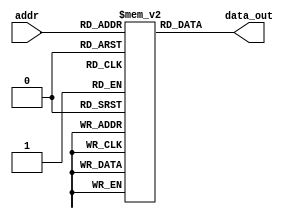
`timescale 1ns / 1ps
//////////////////////////////////////////////////////////////////////////////////
// Company: 
// Engineer: 
// 
// Design Name: 
// Module Name: inst_mem
// Project Name: 
// Target Devices: 
// Tool Versions: 
// Description: 
// 
// Dependencies: 
// 
// Revision:
// Revision 0.01 - File Created
// Additional Comments:
// 
//////////////////////////////////////////////////////////////////////////////////


module InstMem (input [6:0] addr, output [31:0] data_out);
 reg [31:0] mem [0:127];
 assign data_out = mem[addr];
 initial begin
 /*mem[3:0] = 32'h004e80b7;
 mem[1] = 32'h00000033;
 mem[2] = 32'h00000033;
 mem[3] = 32'h00000033;
 mem[4] = 32'h0300e093;
 mem[5] = 32'h00000033;
 mem[6] = 32'h00000033;
 mem[7] = 32'h00000033;
 mem[8] = 32'h01efe117;
 mem[9] = 32'h00000033;
 mem[10] = 32'h00000033;
 mem[11] = 32'h00000033;
 mem[12] = 32'h00000183;
 mem[13] = 32'h00000033;
 mem[14] = 32'h00000033;
 mem[15] = 32'h00000033;
 mem[16] = 32'h00001203;
 mem[17] = 32'h00000033;
 mem[18] = 32'h00000033;
 mem[19] = 32'h00000033;
 mem[20] = 32'h00002283;
 mem[21] = 32'h00000033;
 mem[22] = 32'h00000033;
 mem[23] = 32'h00000033;
 mem[24] = 32'h00500223;
 mem[25] = 32'h00000033;
 mem[26] = 32'h00000033;
 mem[27] = 32'h00000033;
 mem[28] = 32'h00501423;
 mem[29] = 32'h00000033;
 mem[30] = 32'h00000033;
 mem[31] = 32'h00000033;
 mem[32] = 32'h00502623;
 mem[33] = 32'h00000033;
 mem[34] = 32'h00000033;
 mem[35] = 32'h00000033;
 mem[36] = 32'h00008133;
 mem[37] = 32'h00000033;
 mem[38] = 32'h00000033;
 mem[39] = 32'h00000033;
 mem[40] = 32'h40110133;
 mem[41] = 32'h00000033;
 mem[42] = 32'h00000033;
 mem[43] = 32'h00000033;
 mem[44] = 32'h00329333;
 mem[45] = 32'h00000033;
 mem[46] = 32'h00000033;
 mem[47] = 32'h00000033;
 mem[48] = 32'h0032d3b3;
 mem[49] = 32'h00000033;
 mem[50] = 32'h00000033;
 mem[51] = 32'h00000033;
 mem[52] = 32'hf3800393;
 mem[53] = 32'h00000033;
 mem[54] = 32'h00000033;
 mem[55] = 32'h00000033;
 mem[56] = 32'h4033d3b3;
 mem[57] = 32'h00000033;
 mem[58] = 32'h00000033;
 mem[59] = 32'h00000033;
 mem[60] = 32'h00712433;
 mem[61] = 32'h00000033;
 mem[62] = 32'h00000033;
 mem[63] = 32'h00000033;
 mem[64] = 32'h007334b3;
 mem[65] = 32'h00000033;
 mem[66] = 32'h00000033;
 mem[67] = 32'h00000033;
 mem[68] = 32'h006344b3;
 mem[69] = 32'h00000033;
 mem[70] = 32'h00000033;
 mem[71] = 32'h00000033;
 mem[72] = 32'hfff00313;
 mem[73] = 32'h00000033;
 mem[74] = 32'h00000033;
 mem[75] = 32'h00000033;
 mem[76] = 32'h0060e4b3;
 mem[77] = 32'h00000033;
 mem[78] = 32'h00000033;
 mem[79] = 32'h00000033;
 mem[80] = 32'h0000f0b3;
 mem[81] = 32'h00000033;
 mem[82] = 32'h00000033;
 mem[83] = 32'h00000033;*/
/*
   mem[0] = 32'h004e80b7;
   mem[1]=32'b0000000_00000_00000_000_00000_0110011 ; //add x0, x0, x0
   mem[2]=32'b0000000_00000_00000_000_00000_0110011 ; //add x0, x0, x0
   mem[3]=32'b0000000_00000_00000_000_00000_0110011 ; //add x0, x0, x0
   mem[4] = 32'h00000033;
   mem[5]=32'b0000000_00000_00000_000_00000_0110011 ; //add x0, x0, x0
   mem[6]=32'b0000000_00000_00000_000_00000_0110011 ; //add x0, x0, x0
   mem[7]=32'b0000000_00000_00000_000_00000_0110011 ; //add x0, x0, x0
   mem[8] = 32'h00000033;
   mem[9]=32'b0000000_00000_00000_000_00000_0110011 ; //add x0, x0, x0
   mem[10]=32'b0000000_00000_00000_000_00000_0110011 ; //add x0, x0, x0
   mem[11]=32'b0000000_00000_00000_000_00000_0110011 ; //add x0, x0, x0
   mem[12] = 32'h00000033;
   mem[13]=32'b0000000_00000_00000_000_00000_0110011 ; //add x0, x0, x0
   mem[14]=32'b0000000_00000_00000_000_00000_0110011 ; //add x0, x0, x0
   mem[15]=32'b0000000_00000_00000_000_00000_0110011 ; //add x0, x0, x0
   mem[16] = 32'h0300e093;
   mem[17]=32'b0000000_00000_00000_000_00000_0110011 ; //add x0, x0, x0
   mem[18]=32'b0000000_00000_00000_000_00000_0110011 ; //add x0, x0, x0
   mem[19]=32'b0000000_00000_00000_000_00000_0110011 ; //add x0, x0, x0
   mem[20] = 32'h00000033;
   mem[21]=32'b0000000_00000_00000_000_00000_0110011 ; //add x0, x0, x0
   mem[22]=32'b0000000_00000_00000_000_00000_0110011 ; //add x0, x0, x0
   mem[23]=32'b0000000_00000_00000_000_00000_0110011 ; //add x0, x0, x0
   mem[24] = 32'h00000033;
   mem[25]=32'b0000000_00000_00000_000_00000_0110011 ; //add x0, x0, x0
   mem[26]=32'b0000000_00000_00000_000_00000_0110011 ; //add x0, x0, x0
   mem[27]=32'b0000000_00000_00000_000_00000_0110011 ; //add x0, x0, x0
   mem[28] = 32'h00000033;
   mem[29]=32'b0000000_00000_00000_000_00000_0110011 ; //add x0, x0, x0
   mem[30]=32'b0000000_00000_00000_000_00000_0110011 ; //add x0, x0, x0
   mem[31]=32'b0000000_00000_00000_000_00000_0110011 ; //add x0, x0, x0
   mem[32] = 32'h01efe117;
   mem[33]=32'b0000000_00000_00000_000_00000_0110011 ; //add x0, x0, x0
   mem[34]=32'b0000000_00000_00000_000_00000_0110011 ; //add x0, x0, x0
   mem[35]=32'b0000000_00000_00000_000_00000_0110011 ; //add x0, x0, x0
   mem[36] = 32'h00000033;
   mem[37]=32'b0000000_00000_00000_000_00000_0110011 ; //add x0, x0, x0
   mem[38]=32'b0000000_00000_00000_000_00000_0110011 ; //add x0, x0, x0
   mem[39]=32'b0000000_00000_00000_000_00000_0110011 ; //add x0, x0, x0
   mem[40] = 32'h00000033;
   mem[41]=32'b0000000_00000_00000_000_00000_0110011 ; //add x0, x0, x0
   mem[42]=32'b0000000_00000_00000_000_00000_0110011 ; //add x0, x0, x0
   mem[43]=32'b0000000_00000_00000_000_00000_0110011 ; //add x0, x0, x0
   mem[44] = 32'h00000033;
   mem[45] =32'b0000000_00000_00000_000_00000_0110011 ; //add x0, x0, x0
   mem[46] = 32'b0000000_00000_00000_000_00000_0110011 ; //add x0, x0, x0
   mem[47]=32'b0000000_00000_00000_000_00000_0110011 ; //add x0, x0, x0
   mem[48] = 32'h00000183;
   mem[49]=32'b0000000_00000_00000_000_00000_0110011 ; //add x0, x0, x0
   mem[50]=32'b0000000_00000_00000_000_00000_0110011 ; //add x0, x0, x0
   mem[51]=32'b0000000_00000_00000_000_00000_0110011 ; //add x0, x0, x0
   mem[52] = 32'h00000033;
   mem[53]=32'b0000000_00000_00000_000_00000_0110011 ; //add x0, x0, x0
   mem[54]=32'b0000000_00000_00000_000_00000_0110011 ; //add x0, x0, x0
   mem[55]=32'b0000000_00000_00000_000_00000_0110011 ; //add x0, x0, x0
   mem[56] = 32'h00000033;
   mem[57]=32'b0000000_00000_00000_000_00000_0110011 ; //add x0, x0, x0
   mem[58]=32'b0000000_00000_00000_000_00000_0110011 ; //add x0, x0, x0
   mem[59]=32'b0000000_00000_00000_000_00000_0110011 ; //add x0, x0, x0
   mem[60] = 32'h00000033;
   mem[61]=32'b0000000_00000_00000_000_00000_0110011 ; //add x0, x0, x0
   mem[62]=32'b0000000_00000_00000_000_00000_0110011 ; //add x0, x0, x0
   mem[63]=32'b0000000_00000_00000_000_00000_0110011 ; //add x0, x0, x0
   mem[64] = 32'h00001203;
   mem[65]=32'b0000000_00000_00000_000_00000_0110011 ; //add x0, x0, x0
   mem[66]=32'b0000000_00000_00000_000_00000_0110011 ; //add x0, x0, x0
   mem[67]=32'b0000000_00000_00000_000_00000_0110011 ; //add x0, x0, x0
   mem[68] = 32'h00000033;
   mem[69]=32'b0000000_00000_00000_000_00000_0110011 ; //add x0, x0, x0
   mem[70]=32'b0000000_00000_00000_000_00000_0110011 ; //add x0, x0, x0
   mem[71]=32'b0000000_00000_00000_000_00000_0110011 ; //add x0, x0, x0
   mem[72] = 32'h00000033;
   mem[73]=32'b0000000_00000_00000_000_00000_0110011 ; //add x0, x0, x0
   mem[74]=32'b0000000_00000_00000_000_00000_0110011 ; //add x0, x0, x0
   mem[75]=32'b0000000_00000_00000_000_00000_0110011 ; //add x0, x0, x0
   mem[76] = 32'h00000033;
   mem[77]=32'b0000000_00000_00000_000_00000_0110011 ; //add x0, x0, x0
   mem[78]=32'b0000000_00000_00000_000_00000_0110011 ; //add x0, x0, x0
   mem[79]=32'b0000000_00000_00000_000_00000_0110011 ; //add x0, x0, x0
   mem[80] = 32'h00002283;
   mem[81]=32'b0000000_00000_00000_000_00000_0110011 ; //add x0, x0, x0
   mem[82]=32'b0000000_00000_00000_000_00000_0110011 ; //add x0, x0, x0
   mem[83]=32'b0000000_00000_00000_000_00000_0110011 ; //add x0, x0, x0
   mem[84] = 32'h00000033;
   mem[85]=32'b0000000_00000_00000_000_00000_0110011 ; //add x0, x0, x0
   mem[86]=32'b0000000_00000_00000_000_00000_0110011 ; //add x0, x0, x0
   mem[87]=32'b0000000_00000_00000_000_00000_0110011 ; //add x0, x0, x0
   mem[88] = 32'h00000033;
   mem[89]=32'b0000000_00000_00000_000_00000_0110011 ; //add x0, x0, x0
   mem[90]=32'b0000000_00000_00000_000_00000_0110011 ; //add x0, x0, x0
   mem[91]=32'b0000000_00000_00000_000_00000_0110011 ; //add x0, x0, x0
   mem[92] = 32'h00000033;
   mem[93]=32'b0000000_00000_00000_000_00000_0110011 ; //add x0, x0, x0
   mem[94]=32'b0000000_00000_00000_000_00000_0110011 ; //add x0, x0, x0
   mem[95]=32'b0000000_00000_00000_000_00000_0110011 ; //add x0, x0, x0
   mem[96] = 32'h00500223;
   mem[97]=32'b0000000_00000_00000_000_00000_0110011 ; //add x0, x0, x0
   mem[98]=32'b0000000_00000_00000_000_00000_0110011 ; //add x0, x0, x0
   mem[99]=32'b0000000_00000_00000_000_00000_0110011 ; //add x0, x0, x0
   mem[100] = 32'h00000033;
   mem[101]=32'b0000000_00000_00000_000_00000_0110011 ; //add x0, x0, x0
   mem[102]=32'b0000000_00000_00000_000_00000_0110011 ; //add x0, x0, x0
   mem[103]=32'b0000000_00000_00000_000_00000_0110011 ; //add x0, x0, x0
   mem[104] = 32'h00000033;
   mem[105]=32'b0000000_00000_00000_000_00000_0110011 ; //add x0, x0, x0
   mem[106]=32'b0000000_00000_00000_000_00000_0110011 ; //add x0, x0, x0
   mem[107]=32'b0000000_00000_00000_000_00000_0110011 ; //add x0, x0, x0
   mem[108] = 32'h00000033;
   mem[109]=32'b0000000_00000_00000_000_00000_0110011 ; //add x0, x0, x0
   mem[110]=32'b0000000_00000_00000_000_00000_0110011 ; //add x0, x0, x0
   mem[111]=32'b0000000_00000_00000_000_00000_0110011 ; //add x0, x0, x0
   mem[112] = 32'h00501423;
   mem[113]=32'b0000000_00000_00000_000_00000_0110011 ; //add x0, x0, x0
   mem[114]=32'b0000000_00000_00000_000_00000_0110011 ; //add x0, x0, x0
   mem[115]=32'b0000000_00000_00000_000_00000_0110011 ; //add x0, x0, x0
   mem[116] = 32'h00000033;
   mem[117]=32'b0000000_00000_00000_000_00000_0110011 ; //add x0, x0, x0
   mem[118]=32'b0000000_00000_00000_000_00000_0110011 ; //add x0, x0, x0
   mem[119]=32'b0000000_00000_00000_000_00000_0110011 ; //add x0, x0, x0
   mem[120]=32'b0000000_00000_00000_000_00000_0110011 ; //add x0, x0, x0
   mem[121] = 32'h00000033;
   mem[122]=32'b0000000_00000_00000_000_00000_0110011 ; //add x0, x0, x0
   mem[123]=32'b0000000_00000_00000_000_00000_0110011 ; //add x0, x0, x0
   mem[124]=32'b0000000_00000_00000_000_00000_0110011 ; //add x0, x0, x0
   mem[125] = 32'h00000033;
   mem[126]=32'b0000000_00000_00000_000_00000_0110011 ; //add x0, x0, x0
   mem[127]=32'b0000000_00000_00000_000_00000_0110011 ; //add x0, x0, x0
   mem[128]=32'b0000000_00000_00000_000_00000_0110011 ; //add x0, x0, x0
   mem[129] = 32'h00502623;
   mem[130]=32'b0000000_00000_00000_000_00000_0110011 ; //add x0, x0, x0
   mem[131]=32'b0000000_00000_00000_000_00000_0110011 ; //add x0, x0, x0
   mem[132]=32'b0000000_00000_00000_000_00000_0110011 ; //add x0, x0, x0
   mem[133] = 32'h00000033;
   mem[134]=32'b0000000_00000_00000_000_00000_0110011 ; //add x0, x0, x0
   mem[135]=32'b0000000_00000_00000_000_00000_0110011 ; //add x0, x0, x0
   mem[136]=32'b0000000_00000_00000_000_00000_0110011 ; //add x0, x0, x0
   mem[137] = 32'h00000033;
   mem[138]=32'b0000000_00000_00000_000_00000_0110011 ; //add x0, x0, x0
   mem[139]=32'b0000000_00000_00000_000_00000_0110011 ; //add x0, x0, x0
   mem[140]=32'b0000000_00000_00000_000_00000_0110011 ; //add x0, x0, x0
   mem[141]=32'b0000000_00000_00000_000_00000_0110011 ; //add x0, x0, x0
   mem[142] = 32'h00000033;
   mem[143]=32'b0000000_00000_00000_000_00000_0110011 ; //add x0, x0, x0
   mem[144]=32'b0000000_00000_00000_000_00000_0110011 ; //add x0, x0, x0
   mem[145]=32'b0000000_00000_00000_000_00000_0110011 ; //add x0, x0, x0
   mem[146] = 32'h00008133;
   mem[147]=32'b0000000_00000_00000_000_00000_0110011 ; //add x0, x0, x0
   mem[148]=32'b0000000_00000_00000_000_00000_0110011 ; //add x0, x0, x0
   mem[149]=32'b0000000_00000_00000_000_00000_0110011 ; //add x0, x0, x0
   mem[150] = 32'h00000033;
   mem[151]=32'b0000000_00000_00000_000_00000_0110011 ; //add x0, x0, x0
   mem[152]=32'b0000000_00000_00000_000_00000_0110011 ; //add x0, x0, x0
   mem[153]=32'b0000000_00000_00000_000_00000_0110011 ; //add x0, x0, x0
   mem[154] = 32'h00000033;
   mem[155]=32'b0000000_00000_00000_000_00000_0110011 ; //add x0, x0, x0
   mem[156]=32'b0000000_00000_00000_000_00000_0110011 ; //add x0, x0, x0
   mem[157]=32'b0000000_00000_00000_000_00000_0110011 ; //add x0, x0, x0
   mem[158] = 32'h00000033;
   mem[159]=32'b0000000_00000_00000_000_00000_0110011 ; //add x0, x0, x0
   mem[160]=32'b0000000_00000_00000_000_00000_0110011 ; //add x0, x0, x0
   mem[161]=32'b0000000_00000_00000_000_00000_0110011 ; //add x0, x0, x0
   mem[162] = 32'h40110133;
   mem[163]=32'b0000000_00000_00000_000_00000_0110011 ; //add x0, x0, x0
   mem[164]=32'b0000000_00000_00000_000_00000_0110011 ; //add x0, x0, x0
   mem[165]=32'b0000000_00000_00000_000_00000_0110011 ; //add x0, x0, x0
   mem[166]=32'b0000000_00000_00000_000_00000_0110011 ; //add x0, x0, x0
   mem[167] = 32'h00000033;
   mem[168]=32'b0000000_00000_00000_000_00000_0110011 ; //add x0, x0, x0
   mem[169]=32'b0000000_00000_00000_000_00000_0110011 ; //add x0, x0, x0
   mem[170]=32'b0000000_00000_00000_000_00000_0110011 ; //add x0, x0, x0
   mem[171] = 32'h00000033;
   mem[172]=32'b0000000_00000_00000_000_00000_0110011 ; //add x0, x0, x0
   mem[173]=32'b0000000_00000_00000_000_00000_0110011 ; //add x0, x0, x0
   mem[174]=32'b0000000_00000_00000_000_00000_0110011 ; //add x0, x0, x0
   mem[175] = 32'h00000033;
   mem[176]=32'b0000000_00000_00000_000_00000_0110011 ; //add x0, x0, x0
   mem[177]=32'b0000000_00000_00000_000_00000_0110011 ; //add x0, x0, x0
   mem[178]=32'b0000000_00000_00000_000_00000_0110011 ; //add x0, x0, x0
   mem[179] = 32'h00329333;
   mem[180]=32'b0000000_00000_00000_000_00000_0110011 ; //add x0, x0, x0
   mem[181]=32'b0000000_00000_00000_000_00000_0110011 ; //add x0, x0, x0
   mem[182]=32'b0000000_00000_00000_000_00000_0110011 ; //add x0, x0, x0
   mem[183] = 32'h00000033;
   mem[184]=32'b0000000_00000_00000_000_00000_0110011 ; //add x0, x0, x0
   mem[185]=32'b0000000_00000_00000_000_00000_0110011 ; //add x0, x0, x0
   mem[186]=32'b0000000_00000_00000_000_00000_0110011 ; //add x0, x0, x0
   mem[187] = 32'h00000033;
   mem[188]=32'b0000000_00000_00000_000_00000_0110011 ; //add x0, x0, x0
   mem[189]=32'b0000000_00000_00000_000_00000_0110011 ; //add x0, x0, x0
   mem[190]=32'b0000000_00000_00000_000_00000_0110011 ; //add x0, x0, x0
   mem[191]=32'b0000000_00000_00000_000_00000_0110011 ; //add x0, x0, x0
   mem[192] = 32'h00000033;
   mem[193]=32'b0000000_00000_00000_000_00000_0110011 ; //add x0, x0, x0
   mem[194]=32'b0000000_00000_00000_000_00000_0110011 ; //add x0, x0, x0  //mem[195]=32'b0000000_00000_00000_000_00000_0110011 ; //add x0, x0, x0
   mem[195] = 32'h0032d3b3;
   mem[196]=32'b0000000_00000_00000_000_00000_0110011 ; //add x0, x0, x0
   mem[197]=32'b0000000_00000_00000_000_00000_0110011 ; //add x0, x0, x0  //mem[199]=32'b0000000_00000_00000_000_00000_0110011 ; //add x0, x0, x0
   mem[198] = 32'h00000033;
   mem[199]=32'b0000000_00000_00000_000_00000_0110011 ; //add x0, x0, x0
   mem[200]=32'b0000000_00000_00000_000_00000_0110011 ; //add x0, x0, x0
   mem[201]=32'b0000000_00000_00000_000_00000_0110011 ; //add x0, x0, x0
   mem[202] = 32'h00000033;
   mem[203]=32'b0000000_00000_00000_000_00000_0110011 ; //add x0, x0, x0
   mem[204]=32'b0000000_00000_00000_000_00000_0110011 ; //add x0, x0, x0
   mem[205]=32'b0000000_00000_00000_000_00000_0110011 ; //add x0, x0, x0
   mem[206] = 32'h00000033;
   mem[207]=32'b0000000_00000_00000_000_00000_0110011 ; //add x0, x0, x0
   mem[208]=32'b0000000_00000_00000_000_00000_0110011 ; //add x0, x0, x0
   mem[209]=32'b0000000_00000_00000_000_00000_0110011 ; //add x0, x0, x0
   mem[210] = 32'hf3800393;
   mem[211]=32'b0000000_00000_00000_000_00000_0110011 ; //add x0, x0, x0
   mem[212]=32'b0000000_00000_00000_000_00000_0110011 ; //add x0, x0, x0
   mem[213]=32'b0000000_00000_00000_000_00000_0110011 ; //add x0, x0, x0
   mem[214] = 32'h00000033;
   mem[215]=32'b0000000_00000_00000_000_00000_0110011 ; //add x0, x0, x0
   mem[216]=32'b0000000_00000_00000_000_00000_0110011 ; //add x0, x0, x0
   mem[217]=32'b0000000_00000_00000_000_00000_0110011 ; //add x0, x0, x0
   mem[218] = 32'h00000033;
   mem[219]=32'b0000000_00000_00000_000_00000_0110011 ; //add x0, x0, x0
   mem[220]=32'b0000000_00000_00000_000_00000_0110011 ; //add x0, x0, x0
   mem[221]=32'b0000000_00000_00000_000_00000_0110011 ; //add x0, x0, x0
   mem[222] = 32'h00000033;
   mem[223]=32'b0000000_00000_00000_000_00000_0110011 ; //add x0, x0, x0
   mem[224]=32'b0000000_00000_00000_000_00000_0110011 ; //add x0, x0, x0
   mem[225]=32'b0000000_00000_00000_000_00000_0110011 ; //add x0, x0, x0
   mem[226] = 32'h4033d3b3;
   mem[227]=32'b0000000_00000_00000_000_00000_0110011 ; //add x0, x0, x0
   mem[228]=32'b0000000_00000_00000_000_00000_0110011 ; //add x0, x0, x0
   mem[229]=32'b0000000_00000_00000_000_00000_0110011 ; //add x0, x0, x0
   mem[230] = 32'h00000033;
   mem[2]=32'b0000000_00000_00000_000_00000_0110011 ; //add x0, x0, x0
   mem[230]=32'b0000000_00000_00000_000_00000_0110011 ; //add x0, x0, x0
   mem[231]=32'b0000000_00000_00000_000_00000_0110011 ; //add x0, x0, x0
   mem[232] = 32'h00000033;
   mem[233]=32'b0000000_00000_00000_000_00000_0110011 ; //add x0, x0, x0
   mem[234]=32'b0000000_00000_00000_000_00000_0110011 ; //add x0, x0, x0
   mem[235]=32'b0000000_00000_00000_000_00000_0110011 ; //add x0, x0, x0
   mem[236] = 32'h00000033;
   mem[237]=32'b0000000_00000_00000_000_00000_0110011 ; //add x0, x0, x0
   mem[238]=32'b0000000_00000_00000_000_00000_0110011 ; //add x0, x0, x0
   mem[239]=32'b0000000_00000_00000_000_00000_0110011 ; //add x0, x0, x0
   mem[240] = 32'h00712433;
   mem[241]=32'b0000000_00000_00000_000_00000_0110011 ; //add x0, x0, x0
   mem[242]=32'b0000000_00000_00000_000_00000_0110011 ; //add x0, x0, x0
   mem[243]=32'b0000000_00000_00000_000_00000_0110011 ; //add x0, x0, x0
   mem[244] = 32'h00000033;
   mem[245]=32'b0000000_00000_00000_000_00000_0110011 ; //add x0, x0, x0
   mem[246]=32'b0000000_00000_00000_000_00000_0110011 ; //add x0, x0, x0
   mem[247]=32'b0000000_00000_00000_000_00000_0110011 ; //add x0, x0, x0
   mem[248] = 32'h00000033;
   mem[249]=32'b0000000_00000_00000_000_00000_0110011 ; //add x0, x0, x0
   mem[250]=32'b0000000_00000_00000_000_00000_0110011 ; //add x0, x0, x0
   mem[251]=32'b0000000_00000_00000_000_00000_0110011 ; //add x0, x0, x0
   mem[252] = 32'h00000033;
   mem[253]=32'b0000000_00000_00000_000_00000_0110011 ; //add x0, x0, x0
   mem[254]=32'b0000000_00000_00000_000_00000_0110011 ; //add x0, x0, x0
   mem[255]=32'b0000000_00000_00000_000_00000_0110011 ; //add x0, x0, x0
   mem[256] = 32'h007334b3;
   mem[257]=32'b0000000_00000_00000_000_00000_0110011 ; //add x0, x0, x0
   mem[258]=32'b0000000_00000_00000_000_00000_0110011 ; //add x0, x0, x0
   mem[259]=32'b0000000_00000_00000_000_00000_0110011 ; //add x0, x0, x0
   mem[260] = 32'h00000033;
   mem[261]=32'b0000000_00000_00000_000_00000_0110011 ; //add x0, x0, x0
   mem[262]=32'b0000000_00000_00000_000_00000_0110011 ; //add x0, x0, x0
   mem[263]=32'b0000000_00000_00000_000_00000_0110011 ; //add x0, x0, x0
   mem[264] = 32'h00000033;
   mem[265]=32'b0000000_00000_00000_000_00000_0110011 ; //add x0, x0, x0
   mem[266]=32'b0000000_00000_00000_000_00000_0110011 ; //add x0, x0, x0
   mem[267]=32'b0000000_00000_00000_000_00000_0110011 ; //add x0, x0, x0
   mem[268] = 32'h00000033;
   mem[269]=32'b0000000_00000_00000_000_00000_0110011 ; //add x0, x0, x0
   mem[270]=32'b0000000_00000_00000_000_00000_0110011 ; //add x0, x0, x0
   mem[271]=32'b0000000_00000_00000_000_00000_0110011 ; //add x0, x0, x0
   mem[272] = 32'h006344b3;
   mem[273]=32'b0000000_00000_00000_000_00000_0110011 ; //add x0, x0, x0
   mem[274]=32'b0000000_00000_00000_000_00000_0110011 ; //add x0, x0, x0
   mem[275]=32'b0000000_00000_00000_000_00000_0110011 ; //add x0, x0, x0
   mem[276] = 32'h00000033;
   mem[277]=32'b0000000_00000_00000_000_00000_0110011 ; //add x0, x0, x0
   mem[278]=32'b0000000_00000_00000_000_00000_0110011 ; //add x0, x0, x0
   mem[279]=32'b0000000_00000_00000_000_00000_0110011 ; //add x0, x0, x0
   mem[280] = 32'h00000033;
   mem[281]=32'b0000000_00000_00000_000_00000_0110011 ; //add x0, x0, x0
   mem[282]=32'b0000000_00000_00000_000_00000_0110011 ; //add x0, x0, x0
   mem[283]=32'b0000000_00000_00000_000_00000_0110011 ; //add x0, x0, x0
   mem[284] = 32'h00000033;
   mem[285]=32'b0000000_00000_00000_000_00000_0110011 ; //add x0, x0, x0
   mem[286]=32'b0000000_00000_00000_000_00000_0110011 ; //add x0, x0, x0
   mem[287]=32'b0000000_00000_00000_000_00000_0110011 ; //add x0, x0, x0
   mem[288] = 32'hfff00313;
   mem[289]=32'b0000000_00000_00000_000_00000_0110011 ; //add x0, x0, x0
   mem[290]=32'b0000000_00000_00000_000_00000_0110011 ; //add x0, x0, x0
   mem[291]=32'b0000000_00000_00000_000_00000_0110011 ; //add x0, x0, x0
   mem[292] = 32'h00000033;
   mem[293]=32'b0000000_00000_00000_000_00000_0110011 ; //add x0, x0, x0
   mem[294]=32'b0000000_00000_00000_000_00000_0110011 ; //add x0, x0, x0
   mem[295]=32'b0000000_00000_00000_000_00000_0110011 ; //add x0, x0, x0
   mem[296]= 32'h00000033;
   mem[297]=32'b0000000_00000_00000_000_00000_0110011 ; //add x0, x0, x0
   mem[298]=32'b0000000_00000_00000_000_00000_0110011 ; //add x0, x0, x0
   mem[299]=32'b0000000_00000_00000_000_00000_0110011 ; //add x0, x0, x0
   mem[300] = 32'h00000033;
   mem[301]=32'b0000000_00000_00000_000_00000_0110011 ; //add x0, x0, x0
   mem[302]=32'b0000000_00000_00000_000_00000_0110011 ; //add x0, x0, x0
   mem[303]=32'b0000000_00000_00000_000_00000_0110011 ; //add x0, x0, x0
   mem[304] = 32'h0060e4b3;
   mem[305]=32'b0000000_00000_00000_000_00000_0110011 ; //add x0, x0, x0
   mem[306]=32'b0000000_00000_00000_000_00000_0110011 ; //add x0, x0, x0
   mem[307]=32'b0000000_00000_00000_000_00000_0110011 ; //add x0, x0, x0
   mem[308] = 32'h00000033;
   mem[309]=32'b0000000_00000_00000_000_00000_0110011 ; //add x0, x0, x0
   mem[310]=32'b0000000_00000_00000_000_00000_0110011 ; //add x0, x0, x0
   mem[311]=32'b0000000_00000_00000_000_00000_0110011 ; //add x0, x0, x0
   mem[312] = 32'h00000033;
   mem[313]=32'b0000000_00000_00000_000_00000_0110011 ; //add x0, x0, x0
   mem[314]=32'b0000000_00000_00000_000_00000_0110011 ; //add x0, x0, x0
   mem[315]=32'b0000000_00000_00000_000_00000_0110011 ; //add x0, x0, x0
   mem[316] = 32'h00000033;
   mem[317]=32'b0000000_00000_00000_000_00000_0110011 ; //add x0, x0, x0
   mem[318]=32'b0000000_00000_00000_000_00000_0110011 ; //add x0, x0, x0
   mem[319]=32'b0000000_00000_00000_000_00000_0110011 ; //add x0, x0, x0
   mem[320] = 32'h0000f0b3;
   mem[321]=32'b0000000_00000_00000_000_00000_0110011 ; //add x0, x0, x0
   mem[322]=32'b0000000_00000_00000_000_00000_0110011 ; //add x0, x0, x0
   mem[323]=32'b0000000_00000_00000_000_00000_0110011 ; //add x0, x0, x0
   mem[324] = 32'h00000033;
   mem[325]=32'b0000000_00000_00000_000_00000_0110011 ; //add x0, x0, x0
   mem[326]=32'b0000000_00000_00000_000_00000_0110011 ; //add x0, x0, x0
   mem[327]=32'b0000000_00000_00000_000_00000_0110011 ; //add x0, x0, x0
   mem[328] = 32'h00000033;
   mem[329]=32'b0000000_00000_00000_000_00000_0110011 ; //add x0, x0, x0
   mem[330]=32'b0000000_00000_00000_000_00000_0110011 ; //add x0, x0, x0
   mem[331]=32'b0000000_00000_00000_000_00000_0110011 ; //add x0, x0, x0
   mem[332] = 32'h00000033;
   mem[333]=32'b0000000_00000_00000_000_00000_0110011 ; //add x0, x0, x0
   mem[334]=32'b0000000_00000_00000_000_00000_0110011 ; //add x0, x0, x0
   mem[335]=32'b0000000_00000_00000_000_00000_0110011 ; //add x0, x0, x0*/
  /*mem[0]=32'b00000000000000000000000010110011;
  mem[1]=32'b00000000110100000000000010010011;
  mem[2]=32'b00000000010100001110000010010011;
  mem[3]=32'b00000000010100001100000100010011;
  mem[4]=32'b11111111011100010000000100010011;
  mem[5]=32'b00000000011000010010000110010011;
  mem[6]=32'b00000000100100010010001000010011;
  mem[7]=32'b00000000011000010011001100010011;
  mem[8]=32'b00000000001000010001001110010011;
  mem[9]=32'b00000000001000010101010000010011;
  mem[10]=32'b01000000001000010101010010010011;
 */
 

// i don't know what program is this 

  //mem[0]=32'b0000000_00000_00000_000_00000_0110011 ; //add x0, x0, x0
  //mem[1]=32'b000000000000_00000_010_00001_0000011 ; //lw x1, 0(x0)
  //mem[2]=32'b000000000100_00000_010_00010_0000011 ; //lw x2, 4(x0)
  //mem[3]=32'b000000001000_00000_010_00011_0000011 ; //lw x3, 8(x0)
  //mem[4]=32'b0000000_00010_00001_110_00100_0110011 ; //or x4, x1, x2
  //mem[5]=32'b0_000000_00011_00100_000_0100_0_1100011 ; //beq x4, x3, 4
  //mem[6]=32'b0000000_00010_00001_000_00011_0110011 ; //add x3, x1, x2
  //mem[7]=32'b0000000_00010_00011_000_00101_0110011 ; //add x5, x3, x2
  //mem[8]=32'b0000000_00101_00000_010_01100_0100011; //sw x5, 12(x0)
  //mem[9]=32'b000000001100_00000_010_00110_0000011 ; //lw x6, 12(x0)
  //mem[10]=32'b0000000_00001_00110_111_00111_0110011 ; //and x7, x6, x1
  //mem[11]=32'b0100000_00010_00001_000_01000_0110011 ; //sub x8, x1, x2
  //mem[12]=32'b0000000_00010_00001_000_00000_0110011 ; //add x0, x1, x2
  //mem[13]=32'b0000000_00001_00000_000_01001_0110011 ; //add x9, x0, x1
 end
 
endmodule